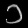
Digit: ၁